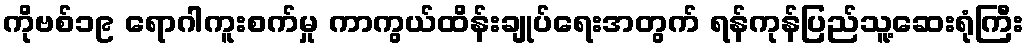
ကိုဗစ်၁၉ ရောဂါကူးစက်မှု ကာကွယ်ထိန်းချုပ်ရေးအတွက် ရန်ကုန်ပြည်သူ့ဆေးရုံကြီး